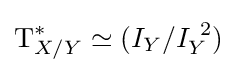
\mathrm {T} _{X/Y}^{*}\simeq (I_{Y}/I_{Y}^{\ 2})